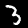
Label: 3